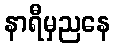
နာရီမှညနေ